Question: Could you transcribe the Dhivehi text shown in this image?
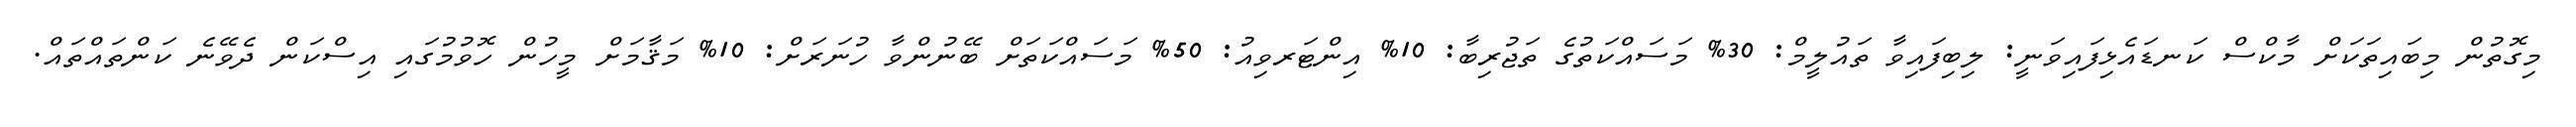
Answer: މިގޮތުން މިބައިތަކަށް މާކްސް ކަނޑައެޅިފައިވަނީ: ލިބިފައިވާ ތައުލީމް: 30% މަސައްކަތުގެ ތަޖުރިބާ: 10% އިންޓަރވިއު: 50% މަސައްކަތަށް ބޭނުންވާ ހުނަރަށް: 10% މަޤާމަށް މީހުން ހޮވުމުގައި އިސްކަން ދެވޭނެ ކަންތައްތައް.